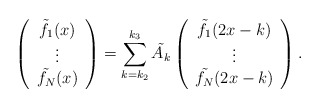
\begin{align*}\left ( \begin{array}{c} \tilde{f_{1}}(x) \\ \vdots \\ \tilde{f_{N}}(x) \end{array} \right ) = \sum_{k = k_{2}}^{k_{3}} \tilde{A_{k}} \left ( \begin{array}{c} \tilde{f_{1}}(2x - k) \\ \vdots \\ \tilde{f_{N}}(2x - k) \end{array} \right ) .\end{align*}